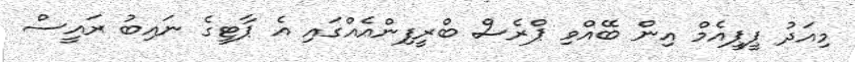
މިއަދު ޕީޕީއެމް އިން ބޭއްވި ޕްރެސް ބްރީފިންއެއްގައި އެ ޕާޓީގެ ނައިބު ރައީސް